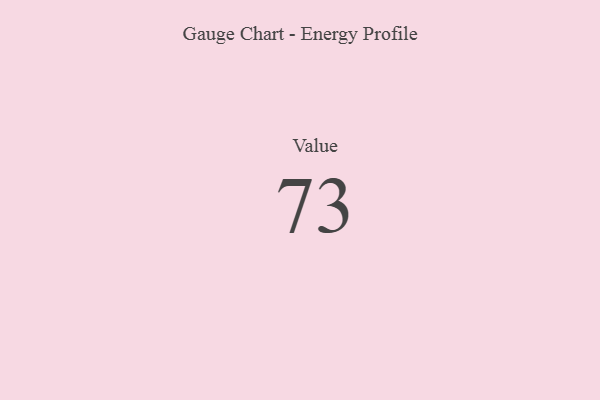
{"axis": {"x": "Metric", "y": "Value"}, "legend": [""], "data": [{"x": "Value", "y": 73, "type": ""}]}